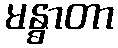
မန္ဓာတာ